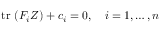
\mathrm { t r } \ ( F _ { i } Z ) + c _ { i } = 0 , \quad i = 1 , \dots , n